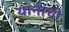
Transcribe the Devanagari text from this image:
यानांची